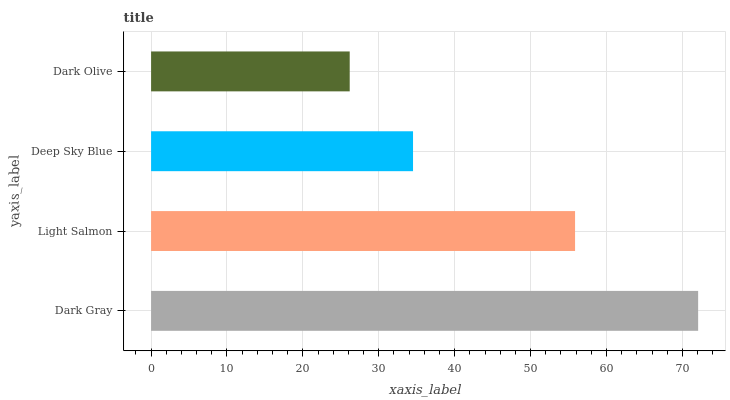
| yaxis_label | bars |
 | --- | --- |
 | Dark Gray | 72.1 |
 | Light Salmon | 55.9 |
 | Deep Sky Blue | 34.5 |
 | Dark Olive | 26.2 |